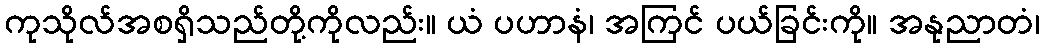
ကုသိုလ်အစရှိသည်တို့ကိုလည်း။ ယံ ပဟာနံ၊ အကြင် ပယ်ခြင်းကို။ အနုညာတံ၊